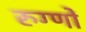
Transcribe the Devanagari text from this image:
रुग्णों